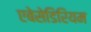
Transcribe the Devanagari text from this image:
एबेसेडिरियम